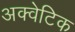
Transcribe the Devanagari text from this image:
अक्वेटिक